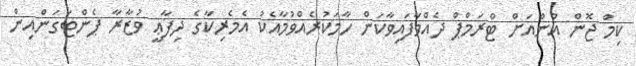
ކިމް ޖޮން އުންއަށް ޓްރަމްޕް ދެއްވާފައިވާކަން ހާމަކުރެއްވުމާއެކު އެމެރިކާގެ ދިފާޢީ ވުޒާރާ ޕެންޓަގަންއިން